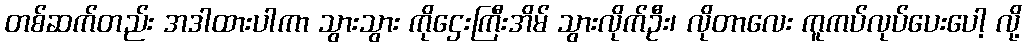
တစ်ဆက်တည်း အဒါထားပါကာ သွားသွား ကိုဌေးကြီးအိမ် သွားလိုက်ဦး၊ လိုတာလေး ကူကပ်လုပ်ပေးပေါ့ လို့